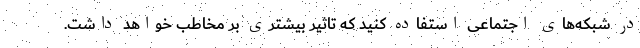
در شبکه‌های اجتماعی استفاده کنید که تاثیر بیشتری بر مخاطب خواهد داشت.